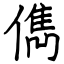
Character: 儁